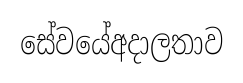
සේවයේඅදාලතාව